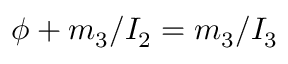
\phi + m _ { 3 } / I _ { 2 } = m _ { 3 } / I _ { 3 }